NAE_EAA_T-354_Tartu_Tamme_Gumnaasium, lk 14
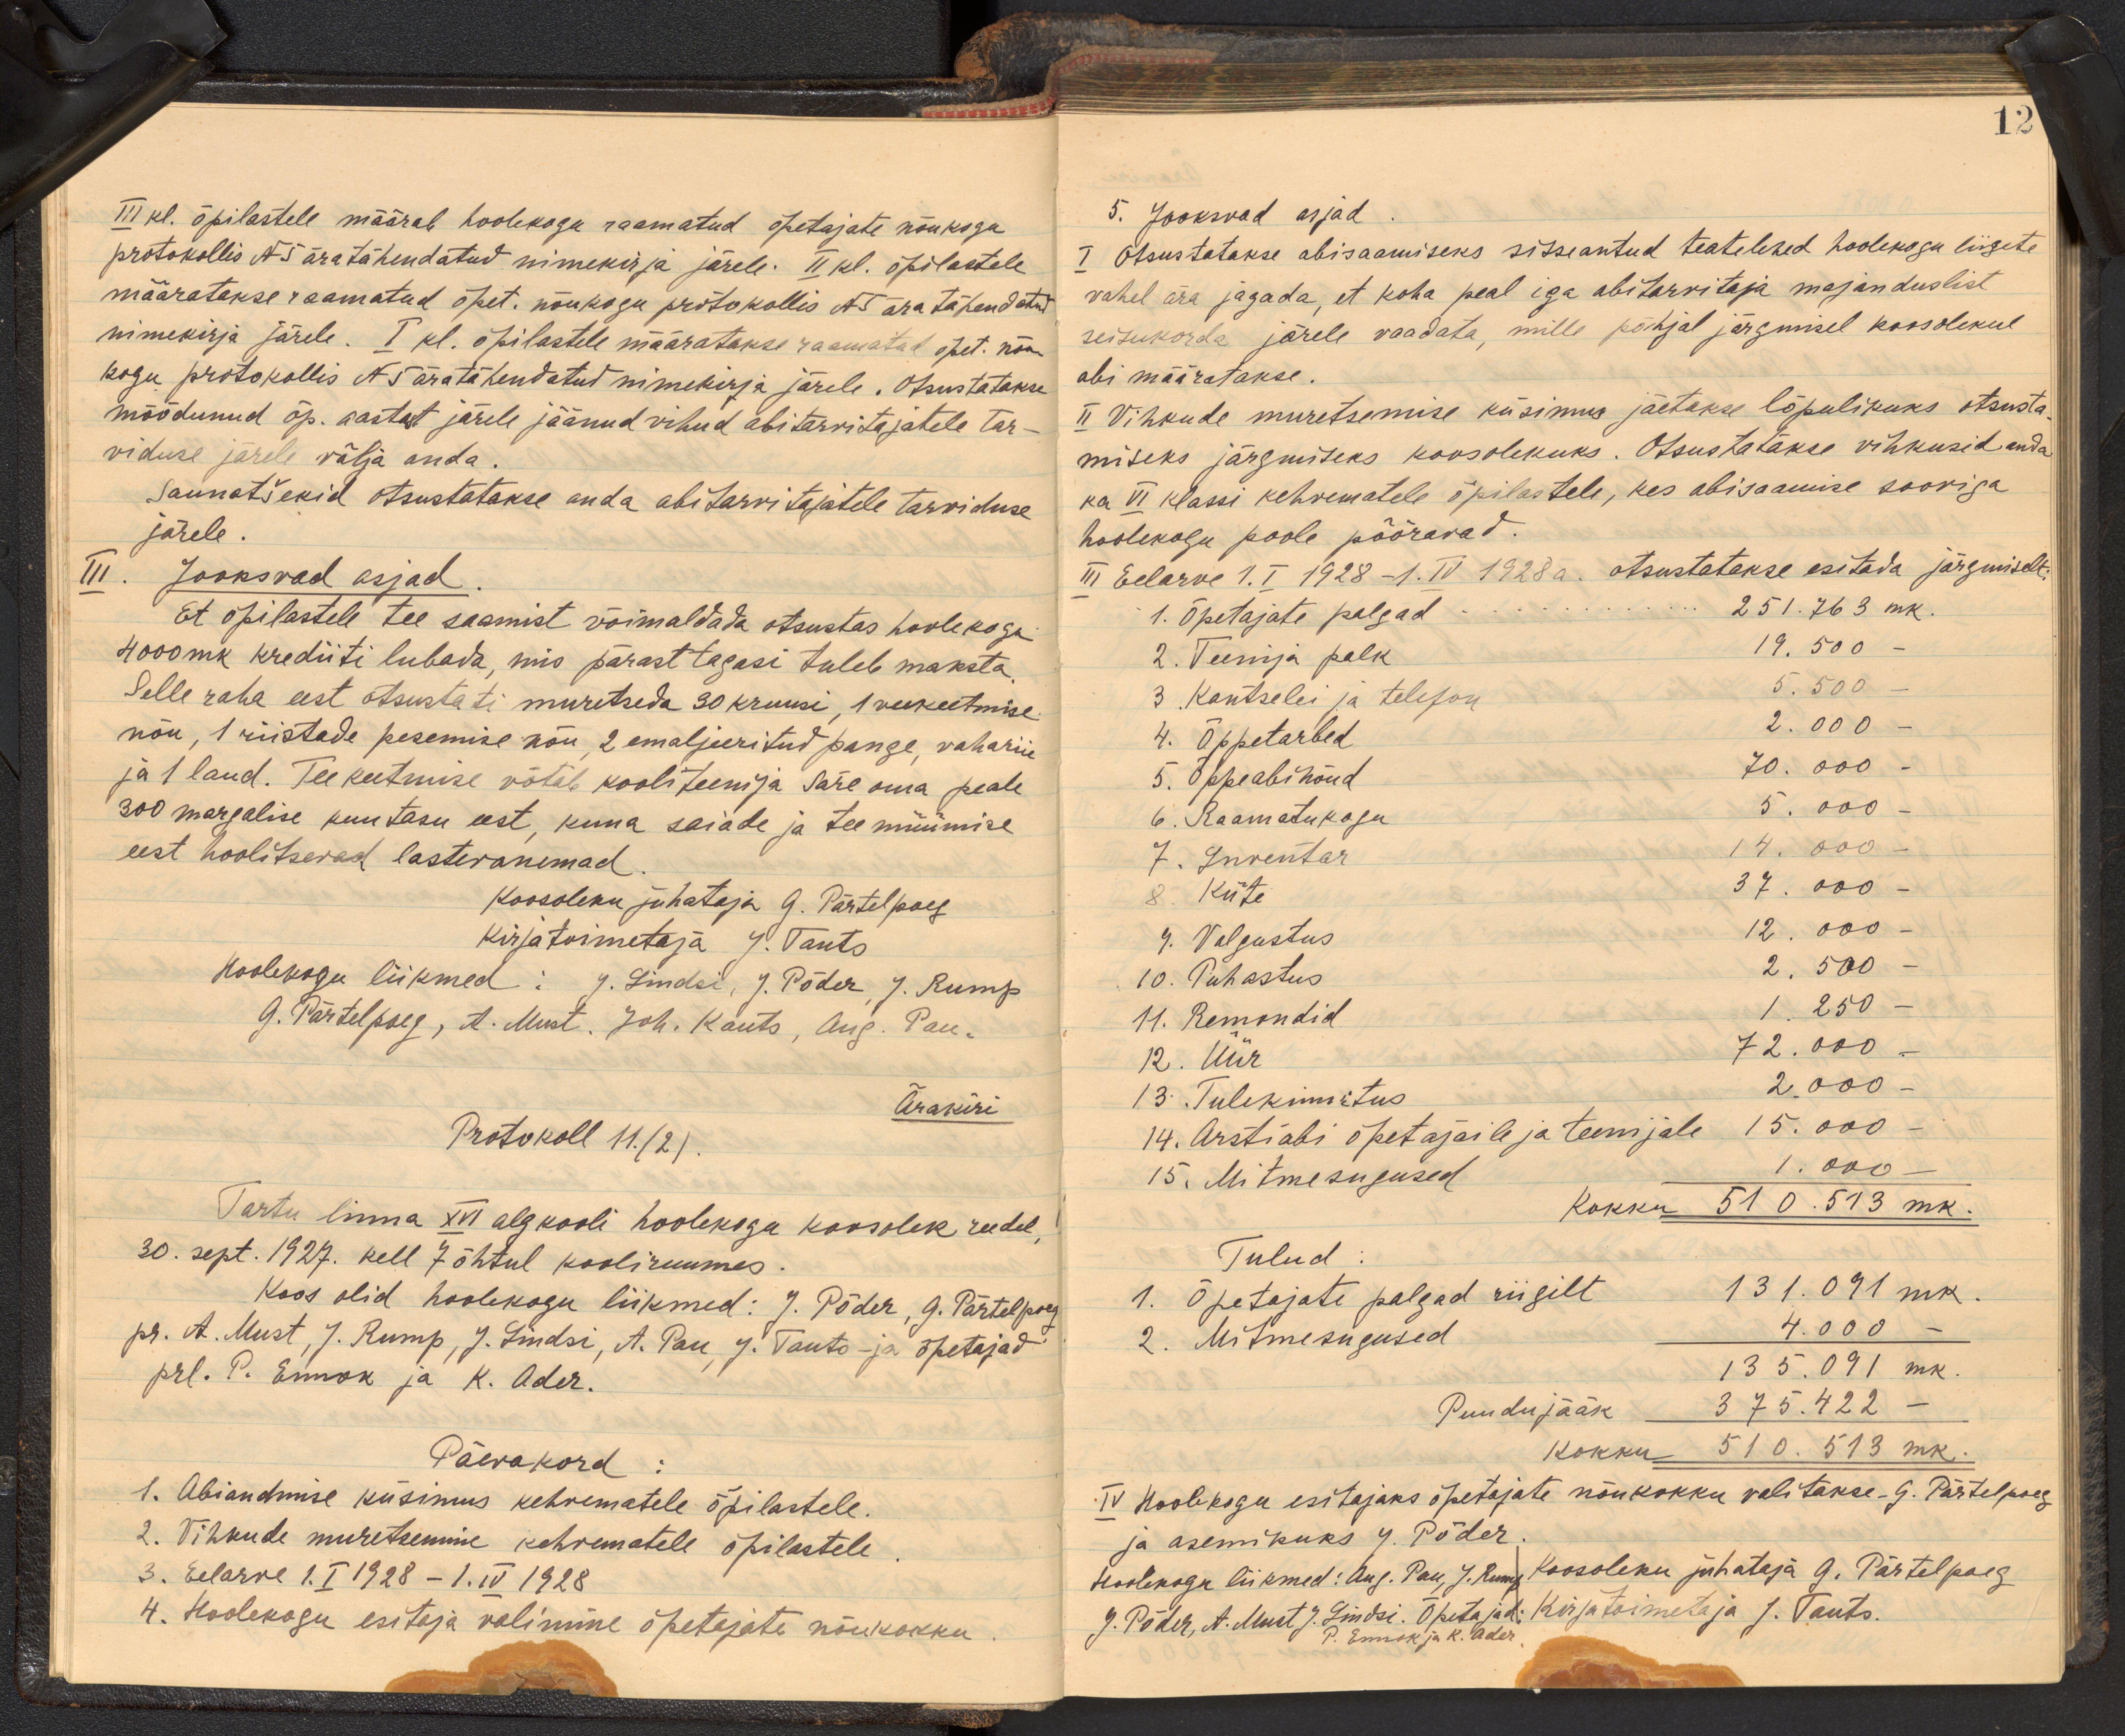
III kl. õpilastele määrab hoolekogu raamatud õpetajate nõukogu
protokollis No 5 äratähendatud nimekirja järele. II kl. õpilastele
määratakse raamatud õpet. nõukogu protokollis No 5 äratähendatud
nimekirja järele. I kl. õpilastele määratakse raamatud õpet. nõu
kogu protokollis No 5 äratähendatud nimekirja järele. Otsustatakse
möödunud õp. aastast järele jäänud vihud abitarvitajatele tar-
viduse järele välja anda.
Saunatšekid otsustatakse anda abitarvitajatele tarviduse
järele.
III. Jooksvad asjad
Et õpilastele tee saamist võimaldada otsustas hoolekogu
4000 mk krediiti lubada, mis pärast tagasi tuleb maksta
Selle raha eest otsustati muretseda 30 kruusi, 1 veekeetmise
nõu, 1 riistade pesemise nõu 2 emaljeeritud pange, vahariie
ja 1 laud. Tee keetmise võtab kooliteenija Säre oma peale
300 margalise kuutasu eest, kuna saiade ja tee müümise
eest hoolitsevad lastevanemad.
Koosoleku juhataja G. Pärtelpoeg
kirjatoimetaja J. Tauts
Hoolekogu liikmed: J. Lindsi, J. Põder, J. Rump
G. Pärtelpoeg, A. Must. Joh. Kauts, Aug. Pau-
Ärakiri
Protokoll 11. (2).
Tartu linna XVI algkooli hoolekogu koosolek reedel,
30. sept. 1927. kell 7 õhtul kooliruumes.
Koos olid hoolekogu liikmed: J. Põder, G. Pärtelpoeg
pr. A. Must, J. Rump, J.. Lindsi, A. Pau, J.Tauts- ja õpetajad
prl. P. Ennok ja K. Ader.
Päevakord:
1. Abiandmise küsimus kehvematele õpilastele.
2. Vihkude muretsemine kehvematele õpilastele
3. Eelarve 1.I 1928 - 1.IV 1928
4. Hoolekogu esitaja valimine õpetajate nõukokku

12
5. Jooksvad asjad
I Otsustatakse abisaamiseks sisseantud teatelehed hoolekogu liigete
vahel ära jagada, et koha peal iga abitarvitaja majanduslist.
seisukorda järele vaadata, mille põhjal järgmisel koosolekul
abi määratakse.
II Vihkude muretsemise küsimus jäetakse lõpulikuks otsusta
miseks järgmiseks koosolekuks. Otsustatakse vihkusid anda
ka VI klassi kehvematele õpilastele, kes abisaamise sooviga
hoolekogu poole pööravad.
III Eelarve 1.I 1928-1.IV 1928 a. otsustatakse esitada järgmiselt;
1. Õpetajate palgad -........................... 251. 763 mk.
2. Teenija palk 19.500 -
3 Kantselei ja telefon    5,500-
4. Õppetarbed 2.000 -
5. Õppeabinõud 70.000 -
6. Raamatukogu 5.000.
7. Inventar 14.000
8. Küte 37.000 -
9. Valgustus 12,000 -
10. Puhastus 2, 500
11. Remondid 1. 250 -
12. Üür 72.000
13 Tulekinnitus 2.000-
14. Arstiabi õpetajaile ja teenijale 15.000.
15. Mitmesugused 7.000
Kokku 510. 513 mk.
Tulud:
1. Õpetajate palgad riigilt 131. 091 mk.
2. Mitmesugused 4.000 -
13 5. 091 mk.
Puudujääk 375.422 -
kokku 510. 513 mk.
IV Hoolekogu esitajaks õpetajate nõukokku valitakse G. Pärtelpoeg
ja asemikuks J. Põder.
Hoolekogu liikmed: Aug. Pau, J. Rump Koosoleku juhataja G. Pärtel poeg
J. Põder, A. Must J. Lindsi. Õpetajad: Kirjatoimetaja J. Tauts.
P. Ennok ja K. Ader